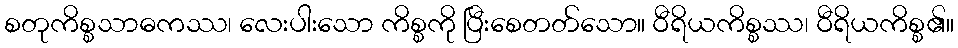
စတုကိစ္စသာဓကဿ၊ လေးပါးသော ကိစ္စကို ပြီးစေတတ်သော။ ဝီရိယကိစ္စဿ၊ ဝီရိယကိစ္စ၏။